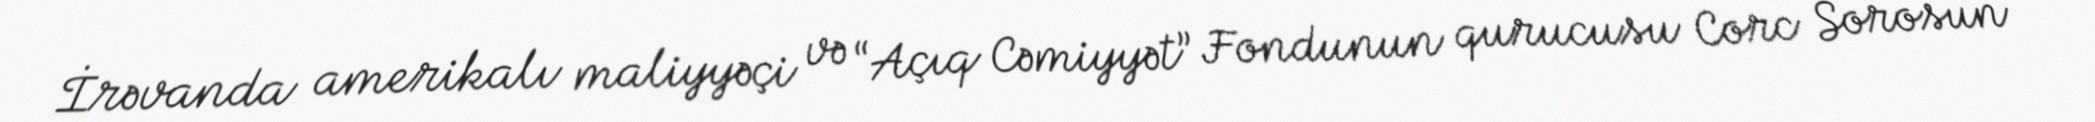
İrəvanda amerikalı maliyyəçi və “Açıq Cəmiyyət” Fondunun qurucusu Corc Sorosun